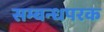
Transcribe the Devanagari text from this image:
सम्बन्धपरक